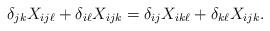
LaTeX: \begin{align*} \delta_{jk}X_{ij\ell} + \delta_{i\ell}X_{ijk} = \delta_{ij}X_{ik\ell} + \delta_{k\ell}X_{ijk}.\end{align*}